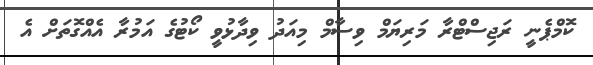
ކޮމްޕެނީ ރަޖިސްޓްރާ މަރިޔަމް ވިސާމް މިއަދު ވިދާޅުވީ ކޯޓުގެ އަމުރާ އެއްގޮތަށް އެ